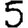
Digit: 5